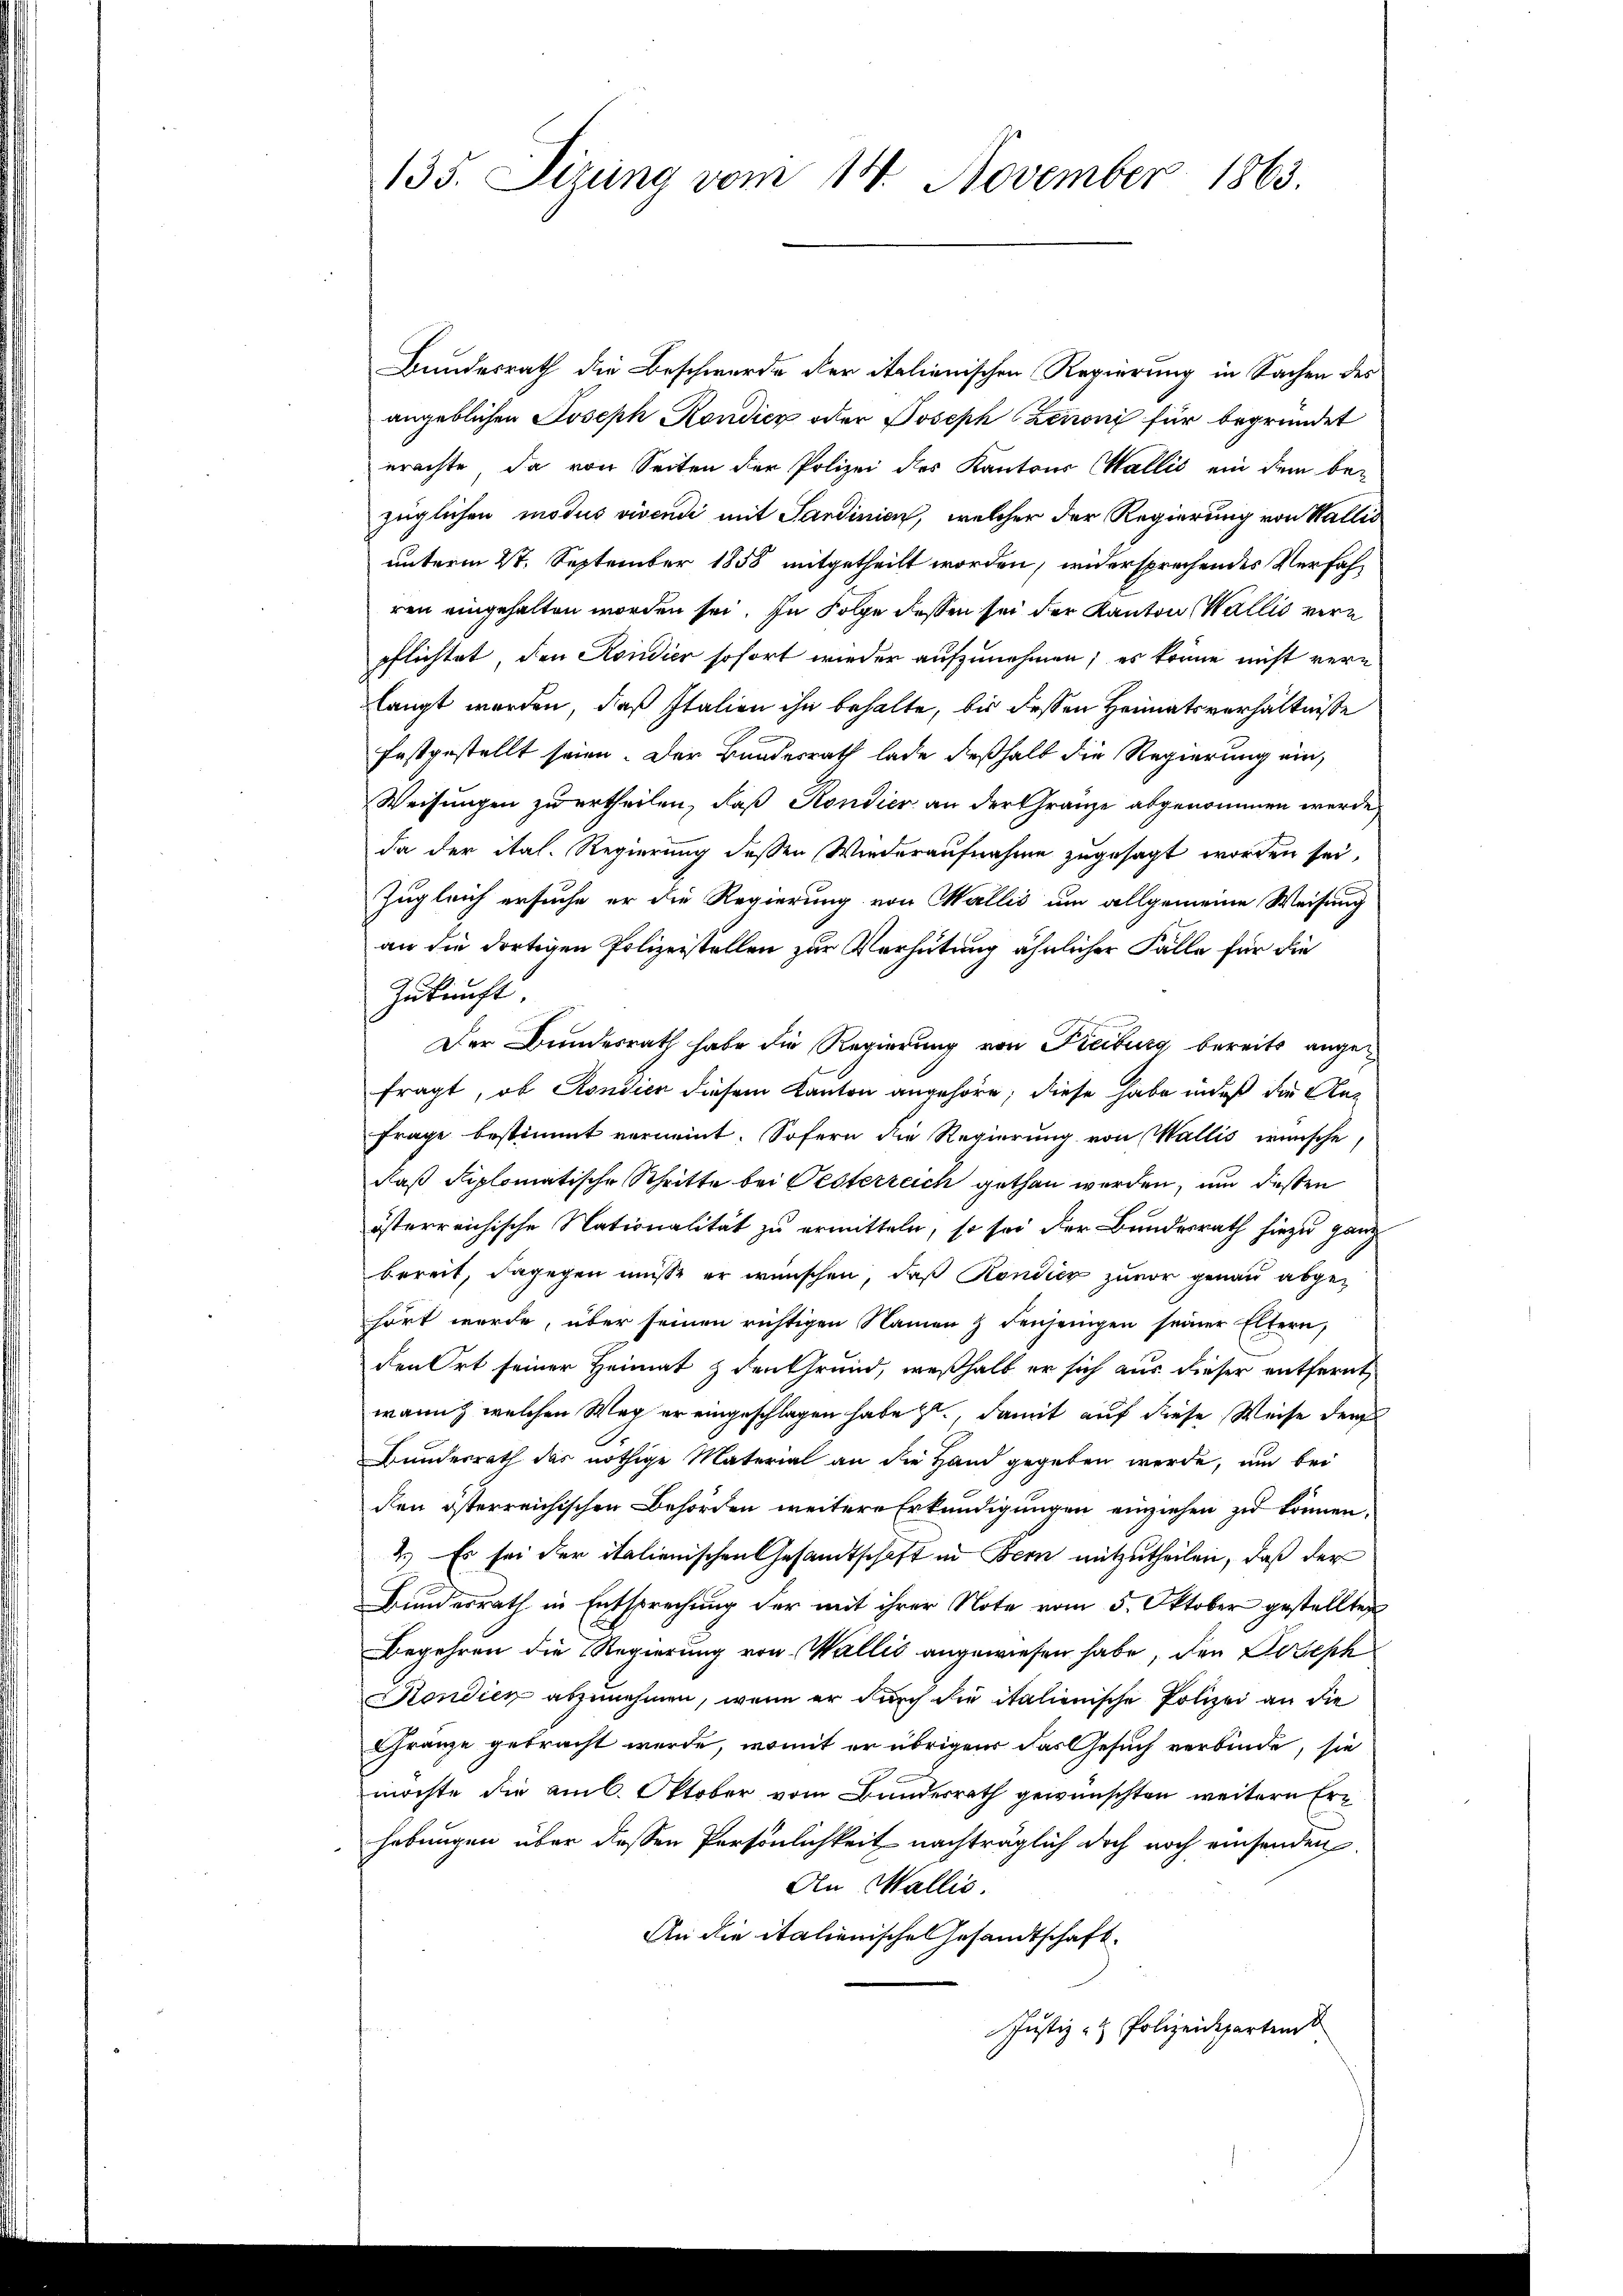
135. Sizung vom 14. November 1863.

Bundesrath die Beschwerde der italienischen Regierung in Sachen des
angeblichen Joseph Kondicz oder Joseph Leuoni für begründet
erachte, da von Seiten der Polizei des Kantons Wallis ein dem be-
züglichen modus vivendi mit Sandinien, welcher der Regierung von Wallis
unterm 27. September 1858 mitgetheilt worden, widersprechendes Verfahren eingehalten worden sei. In Folge dessen sei der Kanton Wallis vern
pflichtet, den Kondier sofort wieder aufzunehmen; es könne nicht verlangt werden, daß Italien ihn behalte, bis dessen Heimatsverhältnisse
festgestellt seien. Der Bundesrath lade deßhalb die Regierung ein,
Weisungen zu ertheilen, daß Kondier an der Gränze abgenommen werde,
da der ital. Regierung dessen Wiederaufnahme zugesagt worden sei,
Zugleich ersuche er die Regierung von Wallis um allgemeine Weisung
an die dortigen Polizeistellen zur Verhütung ähnlicher Fälle für die
Zukunft.
Der Bundesrath habe die Regierung von Freiburg bereits angefragt, ob Kondien diesem Kanton angehöre; diese habe indeß die An¬
Frage bestimmt verneint. Sofern die Regierung von Wallis wünsche,
daß Siplomatische Schritte bei Pesterreich gethan werden, und deßen
österreichische Nationalität zu ermitteln, so sei der Bundesrath hiezu ganz
bereit, dagegen müsse er wünschen, daß Rondier zuvor genau abgehört wurde, über seinen richtigen Namen & denjenigen seiner Eltern,
den Ort seiner Heimat & den Grund, weßhalb er sich aus dieser entfernt,
wann welchen Weg er eingeschlagen habe zu, damit auf diese Weise der
Bunderrath das nöthige Material an die Hand gegeben werde, und bei
den österreichischen Behörden weitere Erkundigungen einziehen zu können.
2.) Es sei der italienischen Gesandtschaft in Bern mitzutheilen, daß der
Bundesrath in Entsprechung der mit ihrer Note vom 5. Oktober gestellten
Begehren die Regierung von Wallis angewiesen habe, den Joseph
Kondien abzunehmen, wenn er durch die italienische Polizei an die
Granze gebracht werde, womit er übrigens das Gesuch verbinde, sie
möchte die am 6. Oktober vom Bundesrath gewünschten weitere Erhebungen über dessen Persönlichkeit nachträglich doch noch einsenden.
An Wallis.
An die italienische Gesandtschaft.
Justiz- & Polizeideparten